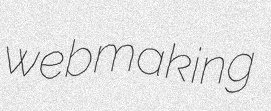
webmaking